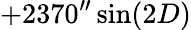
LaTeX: +2370^{\prime\prime}\sin(2D)